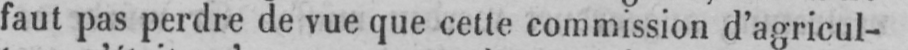
faut pas perdre de vue que cette commission d’agricul-